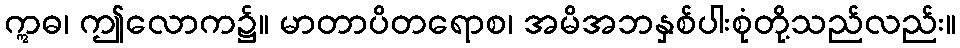
ဣဓ၊ ဤလောက၌။ မာတာပိတရောစ၊ အမိအဘနှစ်ပါးစုံတို့သည်လည်း။